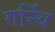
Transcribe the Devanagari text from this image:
गर्न्थि